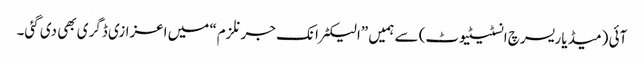
آئی (میڈیا ریسرچ انسٹیٹیوٹ) سے ہمیں ”الیکٹرانک جرنلزم“ میں اعزازی ڈگری بھی دی گئی۔